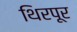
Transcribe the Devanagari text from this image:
थिरपूर